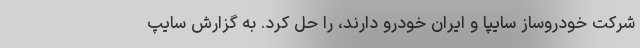
شركت خودروساز سايپا و ايران خودرو دارند، را حل كرد. به گزارش سايپ